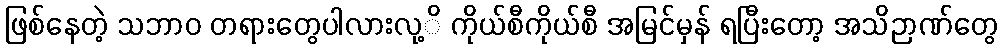
ဖြစ်နေတဲ့ သဘာဝ တရားတွေပါလားလု့ိ ကိုယ်စီကိုယ်စီ အမြင်မှန် ရပြီးတော့ အသိဉာဏ်တွေ